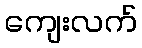
ကျေးလက်